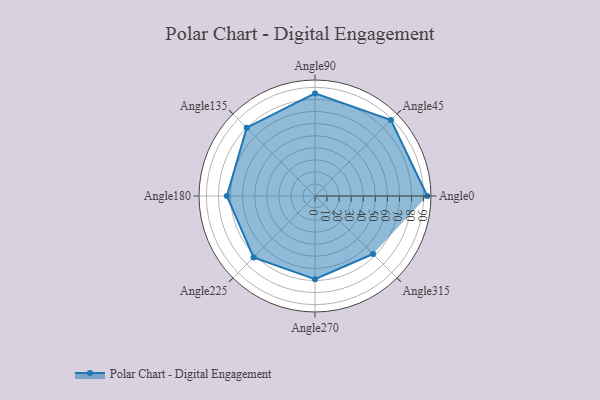
{"axis": {"x": "Angle", "y": "Radius"}, "legend": [""], "data": [{"x": "Angle0", "y": 93.0, "type": ""}, {"x": "Angle45", "y": 89.0, "type": ""}, {"x": "Angle90", "y": 85.0, "type": ""}, {"x": "Angle135", "y": 80.0, "type": ""}, {"x": "Angle180", "y": 73.0, "type": ""}, {"x": "Angle225", "y": 72.0, "type": ""}, {"x": "Angle270", "y": 69.0, "type": ""}, {"x": "Angle315", "y": 68.0, "type": ""}]}